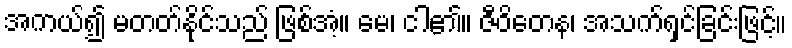
အကယ်၍ မတတ်နိုင်သည် ဖြစ်အံ့။ မေ၊ ငါ၏။ ဇီဝိတေန၊ အသက်ရှင်ခြင်းဖြင့်။